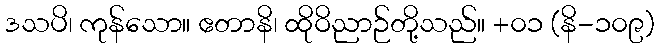
ဒသပိ၊ ကုန်သော။ ဧတာနိ၊ ထိုဝိညာဉ်တို့သည်။ +၀၁ (နိ-၁၀၉)